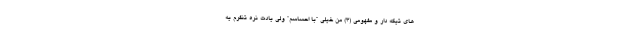
های تیکه دار و مفهومی (3) من خیلی “با احساسم” ولی یادت نره تنفرم یه